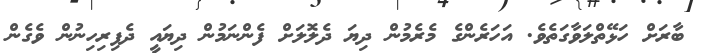
ބާރަށް ހަޅޭތްލަވާގަތެވެ. އަހަރެންގެ މެރެމުން ދިޔަ ދެލޮލަށް ފެންނަމުން ދިޔައީ ދެފިރިހިނުން ވެގެން